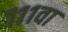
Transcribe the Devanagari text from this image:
१११वा